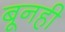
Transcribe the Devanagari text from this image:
बूनही